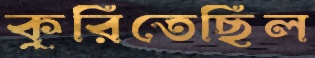
কুরিতেছিল